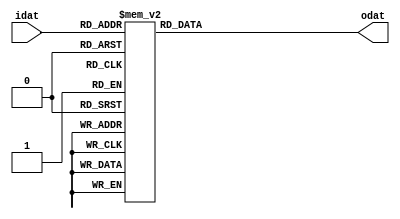
module m_seven_segment(input [3:0] idat,output [7:0] odat);

    function [7:0] LedDec;
      input [3:0] num;
      begin
         case (num)
           4'h0:        LedDec = 8'b11000000;  // 0
           4'h1:        LedDec = 8'b11111001;  // 1
           4'h2:        LedDec = 8'b10100100;  // 2
           4'h3:        LedDec = 8'b10110000;  // 3
           4'h4:        LedDec = 8'b10011001;  // 4
           4'h5:        LedDec = 8'b10010010;  // 5
           4'h6:        LedDec = 8'b10000010;  // 6
           4'h7:        LedDec = 8'b11111000;  // 7
           4'h8:        LedDec = 8'b10000000;  // 8
           4'h9:        LedDec = 8'b10011000;  // 9
           4'ha:        LedDec = 8'b10001000;  // A
           4'hb:        LedDec = 8'b10000011;  // B
           4'hc:        LedDec = 8'b10100111;  // C
           4'hd:        LedDec = 8'b10100001;  // D
           4'he:        LedDec = 8'b10000110;  // E
           4'hf:        LedDec = 8'b10001110;  // F
           default:     LedDec = 8'b11111111;  // LED OFF
         endcase
      end 
    endfunction
	
	assign odat=LedDec(idat);
endmodule